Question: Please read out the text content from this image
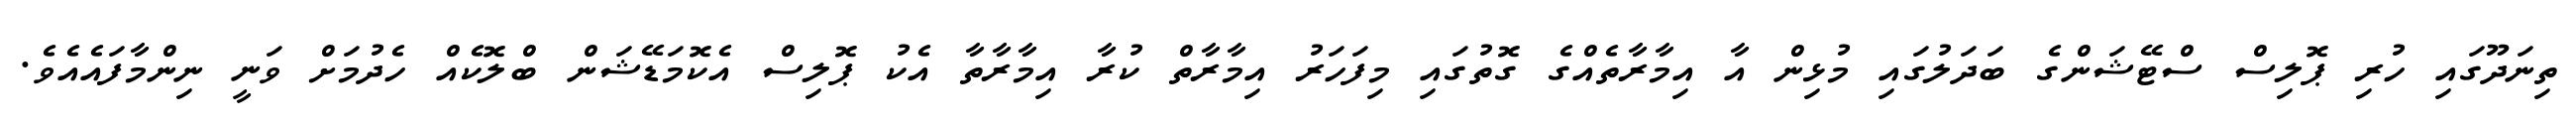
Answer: ތިނަދޫގައި ހުރި ޕޮލިސް ސްޓޭޝަންގެ ބަދަލުގައި މުޅިން އާ އިމާރާތެއްގެ ގޮތުގައި މިފަހަރު އިމާރާތް ކުރާ އިމާރާތާ އެކު ޕޮލިސް އެކޮމަޑޭޝަން ބްލޮކެއް ހެދުމަށް ވަނީ ނިންމާފައެއެވެ.